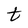
Character: t